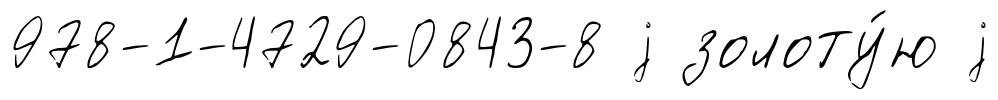
978-1-4729-0843-8 j золоту́ю j